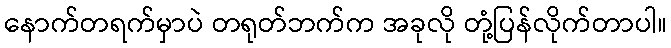
နောက်တရက်မှာပဲ တရုတ်ဘက်က အခုလို တုံ့ပြန်လိုက်တာပါ။